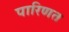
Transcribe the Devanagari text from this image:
पारिणत